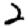
Digit: 2